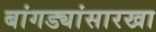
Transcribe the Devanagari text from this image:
बांगड्यांसारखा